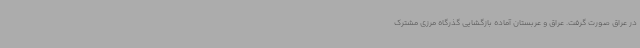
در عراق صورت گرفت. عراق و عربستان آماده بازگشایی گذرگاه مرزی مشترک